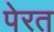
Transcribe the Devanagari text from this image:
पेरत